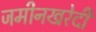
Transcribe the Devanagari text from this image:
जमीनखरेदी